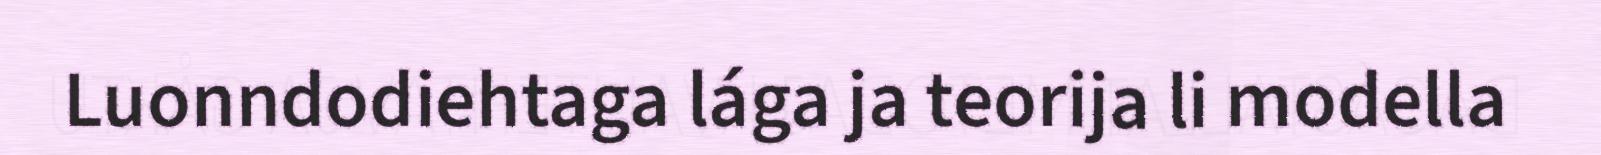
Luonndodiehtaga lága ja teorija li modella